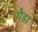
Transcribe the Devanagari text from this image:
गैडा